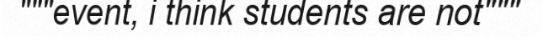
"""event, i think students are not"""